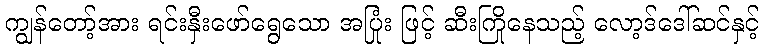
ကျွန်တော့်အား ရင်းနှီးဖော်ရွေသော အပြုံး ဖြင့် ဆီးကြိုနေသည့် လော့ဒ်ဒေါ်ဆင်နှင့်